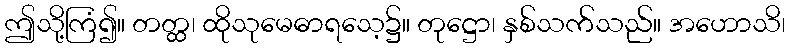
ဤသို့ကြံ၍။ တတ္ထ၊ ထိုသုမေဓာရသေ့၌။ တုဋ္ဌော၊ နှစ်သက်သည်။ အဟောသိ၊